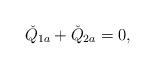
LaTeX: \begin{align*}\check{Q}_{1a}+\check{Q}_{2a}=0,\end{align*}